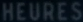
HEURES